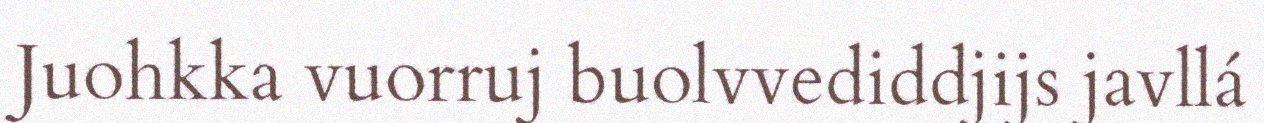
Juohkka vuorruj buolvvediddjijs javllá